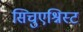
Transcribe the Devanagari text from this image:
सिचुएश्निस्ट